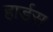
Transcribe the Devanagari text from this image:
हार्डस